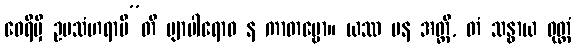
ဝေရိမှိ ဥပသံဟရာမီ”တိ ဗျာပါရောဝ န ကာတဗ္ဗော။ ယဿ ပန အတ္ထိ, တံ သန္ဓာယ ဝုတ္တံ